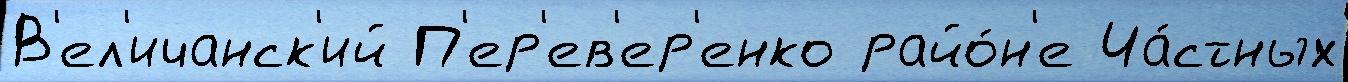
В'ел'ичанск'ий П'ер'ев'ер'енко райо́н'е Ча́стных